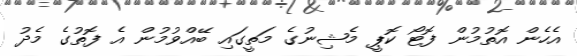
އެހެން އޮތުމުން ފޮޓޯ ކޮޕީ މެޝިނުގެ މަތީގައި ބޭއްވުމުން އެ ފޮތުގެ މެދު